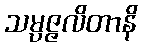
သမ္ပဇ္ဇလိတာနိ